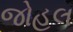
જોહલ